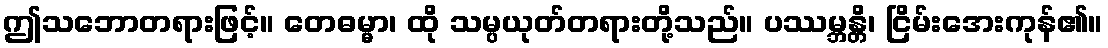
ဤသဘောတရားဖြင့်။ တေဓမ္မာ၊ ထို သမ္ပယုတ်တရားတို့သည်။ ပဿမ္ဘန္တိ၊ ငြိမ်းအေးကုန်၏။